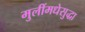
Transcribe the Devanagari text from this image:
मुलींमधेसुद्धा